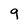
Character: 9